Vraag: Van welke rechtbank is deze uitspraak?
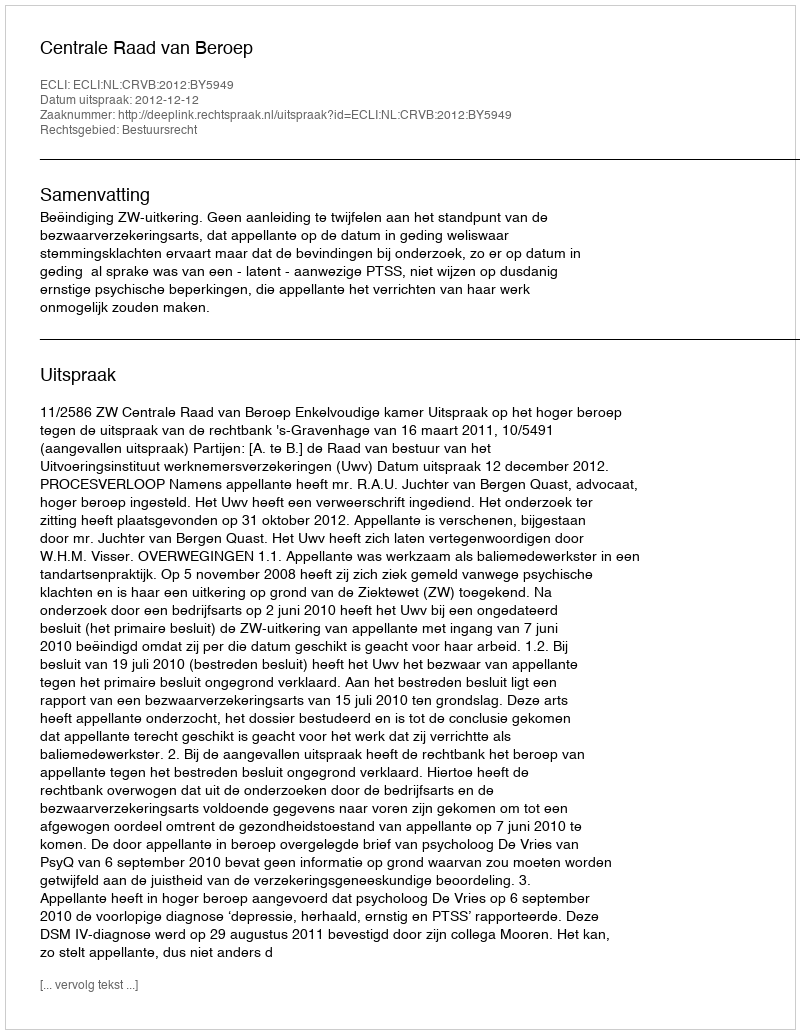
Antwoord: Centrale Raad van Beroep